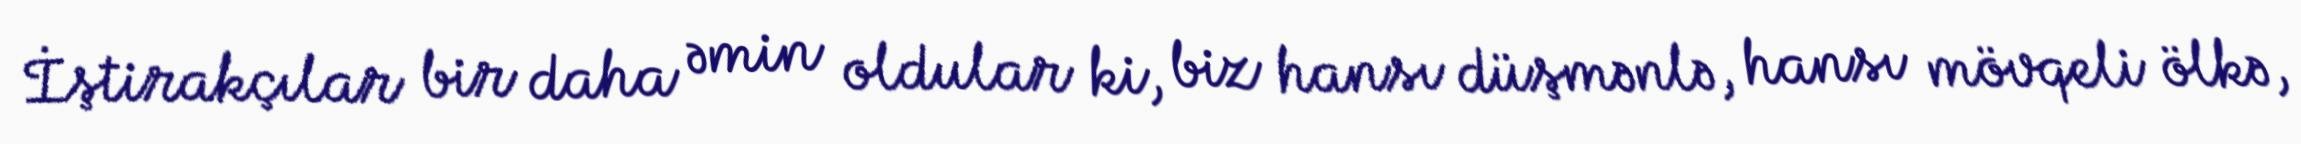
İştirakçılar bir daha əmin oldular ki, biz hansı düşmənlə, hansı mövqeli ölkə,